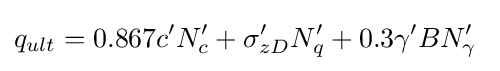
q_{ult}=0.867c'N'_{c}+\sigma '_{zD}N'_{q}+0.3\gamma 'BN'_{\gamma }\